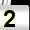
Digit: 2